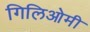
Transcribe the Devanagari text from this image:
गिलिओमी